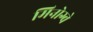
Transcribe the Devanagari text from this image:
मिनोग्वे